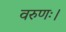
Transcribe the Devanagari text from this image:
वरुणः।